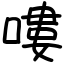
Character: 嘍